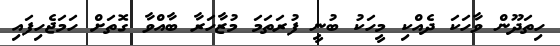
ހިތަދޫން ވާހަކަ ދެއްކި މީހަކު ބުނީ ފުރަތަމަ މުޒާހަރާ ބާއްވާ ގޮތަށް ހަމަޖެހިފައި